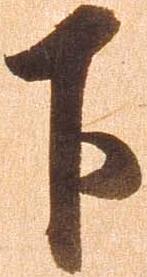
下